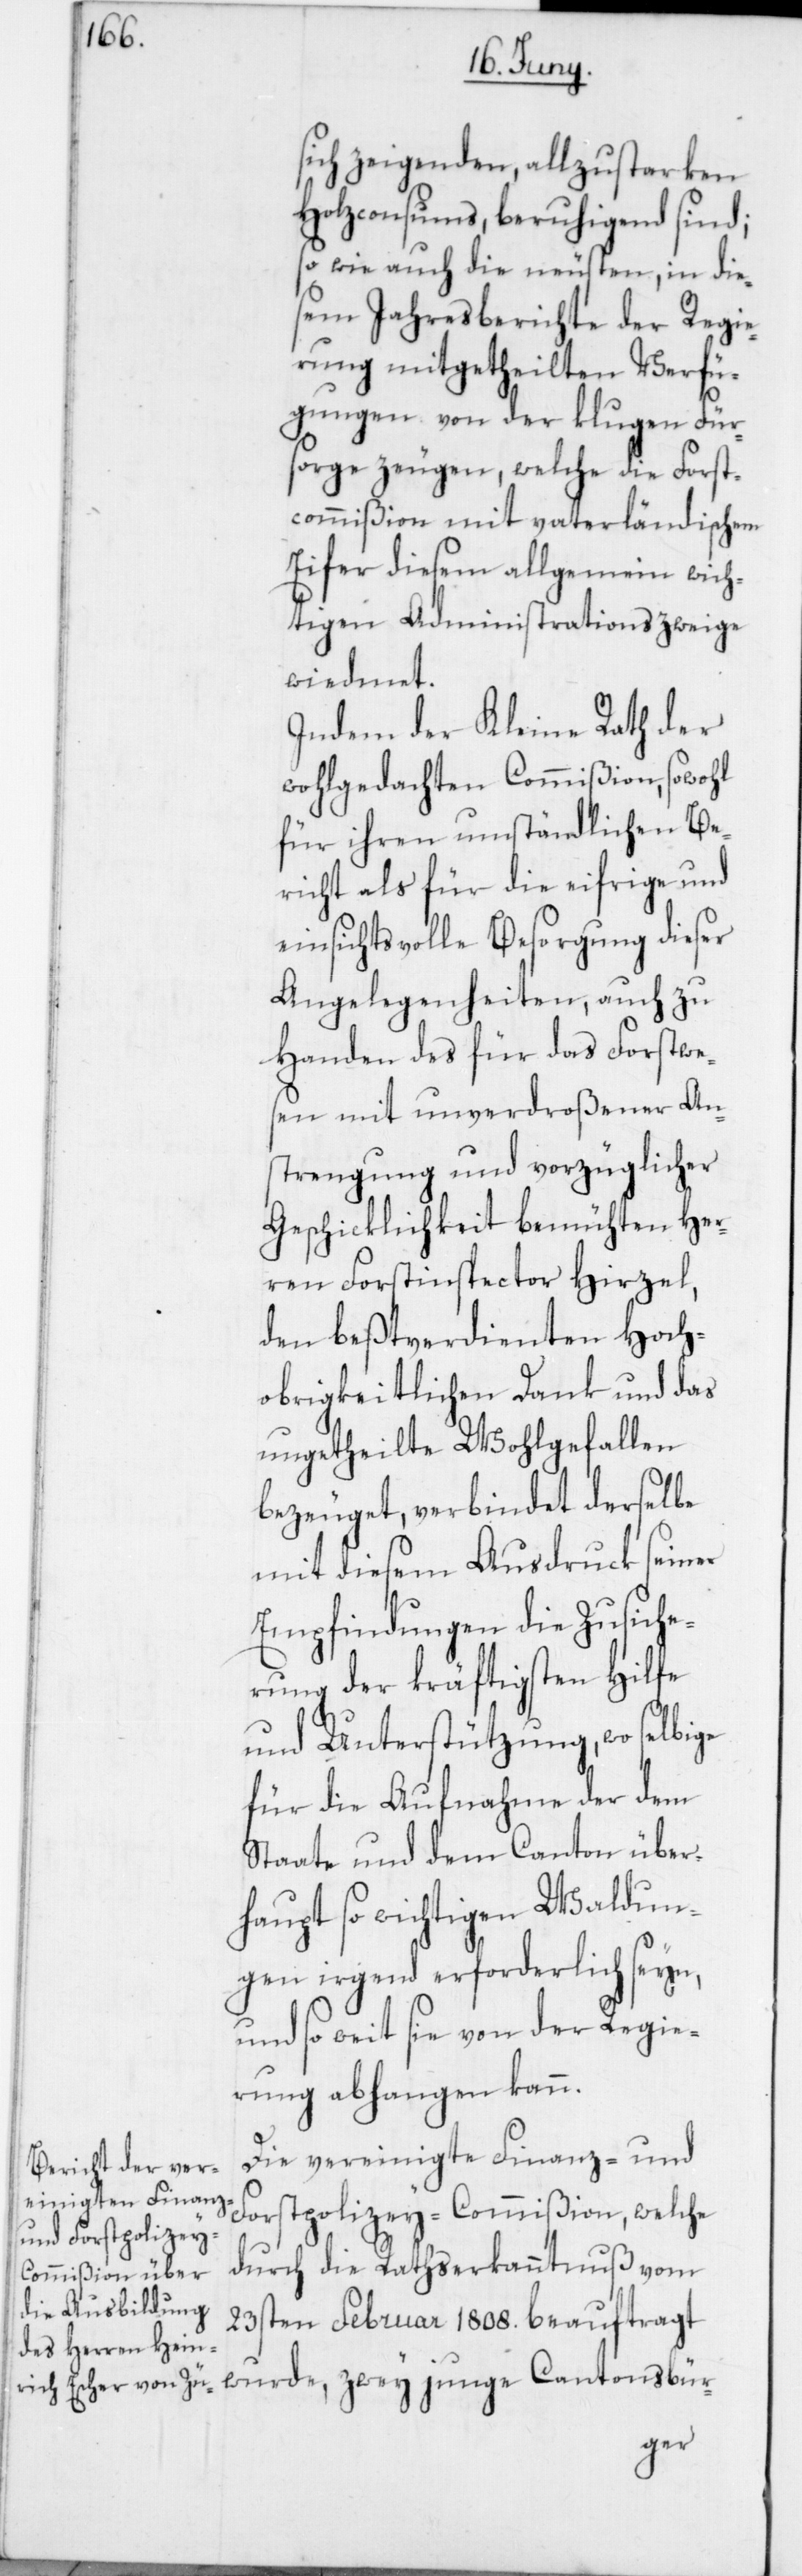
sich zeigenden, allzustarken
Holzconsums, beruhigend sind;
so wie auch die neusten, in die¬
sem Jahresberichte der Regie¬
rung mitgetheilten Verfü¬
gungen von der klugen Für¬
sorge zeugen, welche die Forst¬
commißion mit vaterländischem
Eifer diesem allgemein wich¬
tigen Administrationszweige
wiedmet.
Indem der Kleine Rath der
wohlgedachten Commißion, sowohl
für ihren umständlichen Be¬
richt als für die eifrige und
einsichtsvolle Besorgung dieser
Angelegenheiten, auch zu
Handen des für das Forstwe¬
sen mit unverdroßener An¬
strengung und vorzüglicher
Geschicklichkeit bemühten Her¬
ren Forstinspector Hirzel,
den beßtverdienten Hoch¬
obrigkeitlichen Dank und das
ungetheilte Wohlgefallen
bezeuget, verbindet derselbe
mit diesem Ausdruck seiner
Empfindungen die Zusiche¬
rung der kräftigsten Hilfe
und Unterstützung, wo selbige
für die Aufnahme der dem
Staate und dem Canton über¬
haupt so wichtigen Waldun¬
gen irgend erforderlich seyn,
und so weit sie von der Regie¬
rung abhangen kann.
Die vereinigte Finanz- und
Forstpolizey-Commißion, welche
durch die Rathserkanntnuß vom
23sten Februar 1808. beauftragt